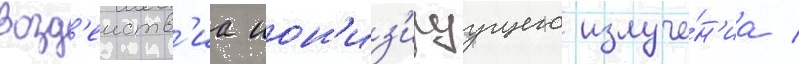
возд'еиств'иа ион'из'ируущего излуче́н'иа /